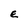
Character: E